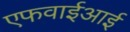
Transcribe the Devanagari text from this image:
एफवाईआई